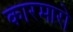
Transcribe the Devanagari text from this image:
कारमारो